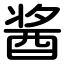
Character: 酱